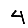
Digit: 4